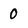
Character: 0